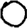
Digit: 0